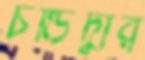
চন্ডিদ্বার